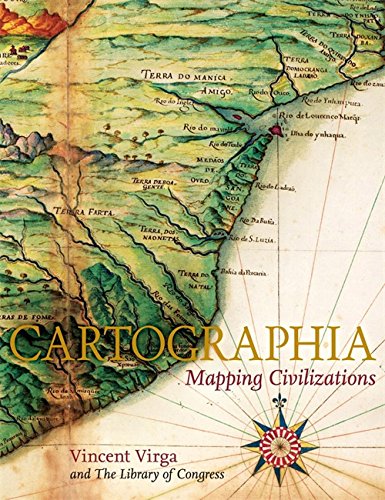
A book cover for Cartographia: Mapping Civilizations; Vincent Virga; History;